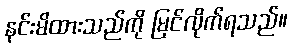
နင်းမိထားသည်ကို မြင်လိုက်ရသည်။